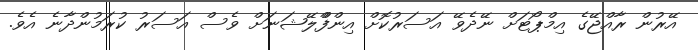
އޭރުން ރާއްޖޭގެ އިމްޕޯޓަށް ނޭދެވޭ އަސަރުކޮށް އިންފްްލޭޝަނަށް ވެސް އަސަރު ކުރަމުންދާނެ އެވެ.